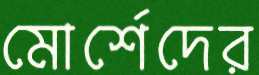
মোর্শেদের